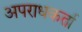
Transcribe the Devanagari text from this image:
अपराधकर्ता